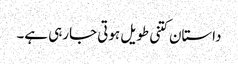
داستان کتنی طویل ہوتی جارہی ہے۔